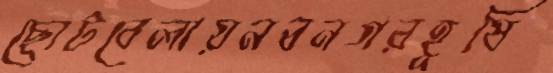
ছোটবেলায়নবনগরহূষি